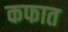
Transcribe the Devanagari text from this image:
कफात